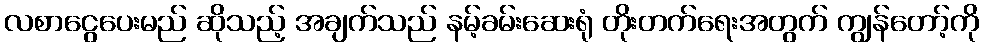
လစာငွေပေးမည် ဆိုသည့် အချက်သည် နမ့်ခမ်းဆေးရုံ တိုးတက်ရေးအတွက် ကျွန်တော့်ကို